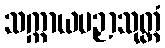
သက္ကာယပဉှာသုတ္တံ